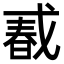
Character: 𢧔